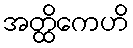
အတ္ထိကေဟိ